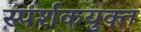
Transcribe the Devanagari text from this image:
स्पर्शकयुक्त